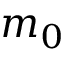
m _ { 0 }